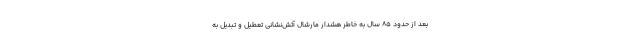
بعد از حدود ۸۵ سال به خاطر هشدار مارشال آتش‌نشانی تعطیل و تبدیل به